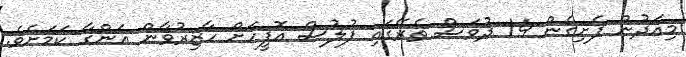
މިއަދުން ފެށިގެން 14 ދުވަސް ތެރޭގައި ފުލުސް އޮފީހަށް ހާޒިރުވާން އަންގާ ކަމަށެވެ.